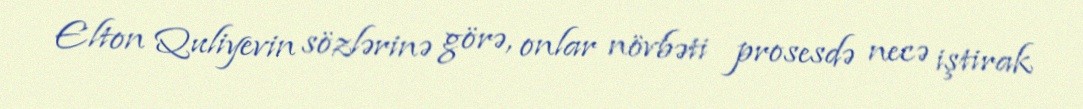
Elton Quliyevin sözlərinə görə, onlar növbəti prosesdə necə iştirak